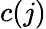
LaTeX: c(j)